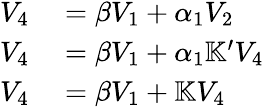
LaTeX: \begin{array}{rl}{V_{4}}&{{}=\beta V_{1}+\alpha_{1}V_{2}}\\ {V_{4}}&{{}=\beta V_{1}+\alpha_{1}\mathbb{K}^{\prime}V_{4}}\\ {V_{4}}&{{}=\beta V_{1}+\mathbb{K}V_{4}}\end{array}